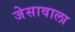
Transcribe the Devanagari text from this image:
जेसावाला